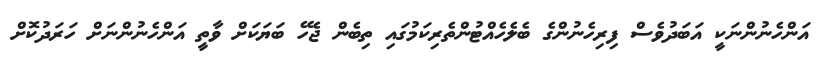
އަންހެނުންނަކީ އަބަދުވެސް ފިރިހެނުންގެ ބެލެހެއްޓުންތެރިކަމުގައި ތިބެން ޖެހޭ ބަޔަކަށް ވާތީ އަންހެނުންނަށް ހަރަދުކޮށް